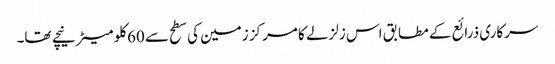
سرکاری ذرائع کے مطابق اس زلزلے کا مرکز زمین کی سطح سے 60کلو میٹر نیچے تھا۔